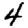
Digit: 4